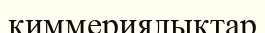
киммериялықтар